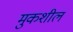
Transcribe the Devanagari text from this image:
मुकशील